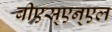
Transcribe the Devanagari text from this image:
बीएस्‌एन्‌एल